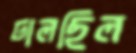
ঢালছিল